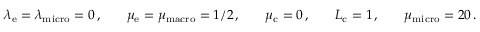
\begin{array} { r l r l r l r l r l } & { \lambda _ { \mathrm { e } } = \lambda _ { \mathrm { m i c r o } } = 0 \, , } & & { \mu _ { \mathrm { e } } = \mu _ { \mathrm { m a c r o } } = 1 / 2 \, , } & & { \mu _ { \mathrm { c } } = 0 \, , } & & { L _ { \mathrm { c } } = 1 \, , } & & { \mu _ { \mathrm { m i c r o } } = 2 0 \, . } \end{array}